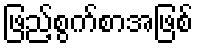
ဖြည့်စွက်စာအဖြစ်